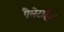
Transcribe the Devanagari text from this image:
पैलेटाईज़